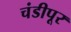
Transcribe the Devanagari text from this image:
चंडीपूर